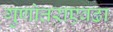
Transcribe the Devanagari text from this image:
गुणोत्तराएवढा